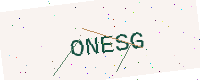
Text: ONESG